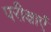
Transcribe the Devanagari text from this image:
परीक्षाऐं